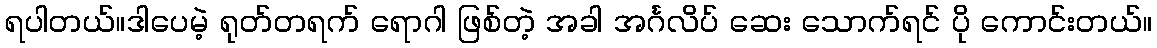
ရပါတယ်။ဒါပေမဲ့ ရုတ်တရက် ရောဂါ ဖြစ်တဲ့ အခါ အင်္ဂလိပ် ဆေး သောက်ရင် ပို ကောင်းတယ်။